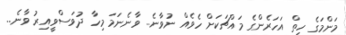
މަންމަގެ ހިތް އަހަރެންގެ މައްޗަކަށް ހެވެއް ނުވާނެ.. ވާނެނަމަ މިހާ ދުވަސްވީއިރު ވާނެ..